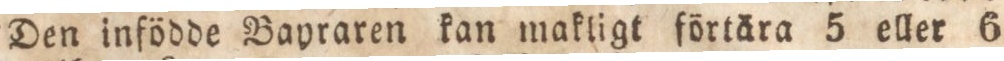
Den infödde Bayraren kan makligt förtära 5 eller 6